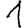
Digit: 1